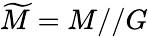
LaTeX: {\widetilde{M}}=M//G